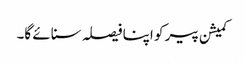
کمیشن پیر کو اپنا فیصلہ سنائے گا۔